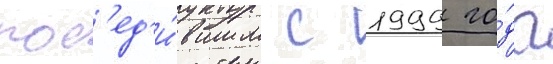
поб'ед'и́вшим с 1999 го́да